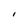
Character: I